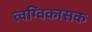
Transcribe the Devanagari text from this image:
त्वग्विकासक